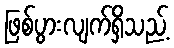
ဖြစ်ပွားလျက်ရှိသည့်